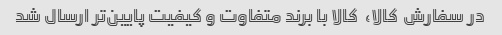
در سفارش  کالا،  کالا با برند متفاوت و کیفیت پایین‌تر ارسال شد